Lunatic asylums Bombay report 1878-1890 - 1878-1890
Year: 1878
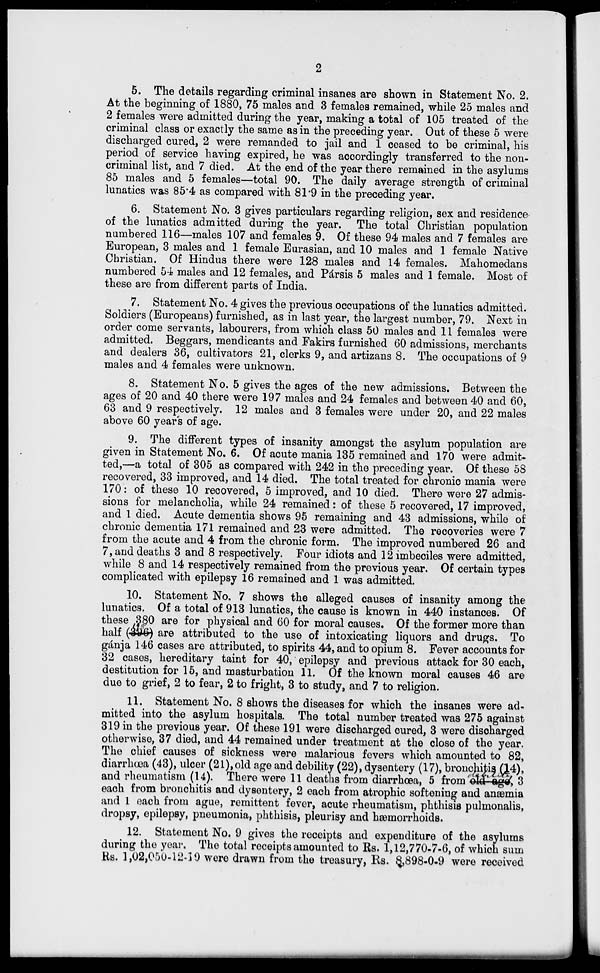
2
5. The details regarding criminal insanes are shown in Statement No. 2.
At the beginning of 1880, 75 males and 3 females remained, while 25 males and
2 females were admitted during the year, making a total of 105 treated of the
criminal class or exactly the same as in the preceding year. Out of these 5 were
discharged cured, 2 were remanded to jail and 1 ceased to be criminal, his
period of service having expired, he was accordingly transferred to the non-
criminal list, and 7 died. At the end of the year there remained in the asylums
85 males and 5 females—total 90. The daily average strength of criminal
lunatics was 85.4 as compared with 81.9 in the preceding year.
6. Statement No. 3 gives particulars regarding religion, sex and residence
of the lunatics admitted during the year. The total Christian population
numbered 116—males 107 and females 9. Of these 94 males and 7 females are
European, 3 males and 1 female Eurasian, and 10 males and 1 female Native
Christian. Of Hindus there were 128 males and 14 females. Mahomedans
numbered 54 males and 12 females, and Pársis 5 males and 1 female. Most of
these are from different parts of India.
7. Statement No. 4 gives the previous occupations of the lunatics admitted.
Soldiers (Europeans) furnished, as in last year, the largest number, 79. Next in
order come servants, labourers, from which class 50 males and 11 females were
admitted. Beggars, mendicants and Fakirs furnished 60 admissions, merchants
and dealers 36, cultivators 21, clerks 9, and artizans 8. The occupations of 9
males and 4 females were unknown.
8. Statement No. 5 gives the ages of the new admissions. Between the
ages of 20 and 40 there were 197 males and 24 females and between 40 and 60,
63 and 9 respectively. 12 males and 3 females were under 20, and 22 males
above 60 years of age.
9. The different types of insanity amongst the asylum population are
given in Statement No. 6. Of acute mania 135 remained and 170 were admit-
ted,—a total of 305 as compared with 242 in the preceding year. Of these 58
recovered, 33 improved, and 14 died. The total treated for chronic mania were
170: of these 10 recovered, 5 improved, and 10 died. There were 27 admis-
sions for melancholia, while 24 remained: of these 5 recovered, 17 improved,
and 1 died. Acute dementia shows 95 remaining and 43 admissions, while of
chronic dementia 171 remained and 23 were admitted. The recoveries were 7
from the acute and 4 from the chronic form. The improved numbered 26 and
7, and deaths 3 and 8 respectively. Four idiots and 12 imbeciles were admitted,
while 8 and 14 respectively remained from the previous year. Of certain types
complicated with epilepsy 16 remained and 1 was admitted.
10. Statement No. 7 shows the alleged causes of insanity among the
lunatics. Of a total of 913 lunatics, the cause is known in 440 instances. Of
these 380 are for physical and 60 for moral causes. Of the former more than
half (396) are attributed to the use of intoxicating liquors and drugs. To
gánja 146 cases are attributed, to spirits 44, and to opium 8. Fever accounts for
32 cases, hereditary taint for 40, epilepsy and previous attack for 30 each,
destitution for 15, and masturbation 11. Of the known moral causes 46 are
due to grief, 2 to fear, 2 to fright, 3 to study, and 7 to religion.
11. Statement No. 8 shows the diseases for which the insanes were ad-
mitted into the asylum hospitals. The total number treated was 275 against
319 in the previous year. Of these 191 were discharged cured, 3 were discharged
otherwise, 37 died, and 44 remained under treatment at the close of the year.
The chief causes of sickness were malarious fevers which amounted to 82,
diarrhoea (43), ulcer (21), old age and debility (22), dysentery (17), bronchitis (14),
and rheumatism (14). There were 11 deaths from diarrhœa, 5 from old age, 3
each from bronchitis and dysentery, 2 each from atrophic softening and anæmia
and 1 each from ague, remittent fever, acute rheumatism, phthisis pulmonalis,
dropsy, epilepsy, pneumonia, phthisis, pleurisy and hæmorrhoids.
12. Statement No. 9 gives the receipts and expenditure of the asylums
during the year. The total receipts amounted to Rs. 1,12,770-7-6, of which sum
Rs. 1,02,050-12-19 were drawn from the treasury, Rs. 8,898-0-9 were received